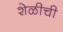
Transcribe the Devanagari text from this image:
शेळीची